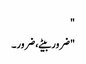
"
"ضرور بیٹے، ضرور۔